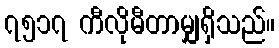
၇၅၁၇ ကီလိုမီတာမျှရှိသည်။